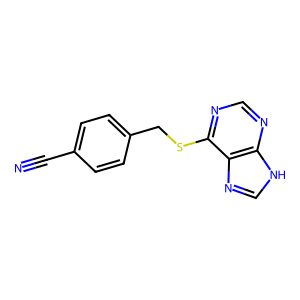
SMILES: N#Cc1ccc(CSc2ncnc3[nH]cnc23)cc1
Inhibits HIV replication: No